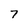
Character: 7